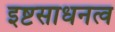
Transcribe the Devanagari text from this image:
इष्टसाधनत्व